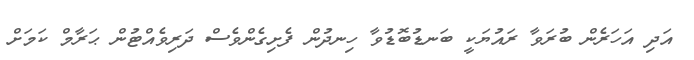
އަދި އަހަރެން ބުރަވާ ރައުޔަކީ ބަނޑުބޮޑުވާ ހިނދުން ފެށިގެންވެސް ދަރިވެއްޓުން ޙަރާމް ކަމަށް